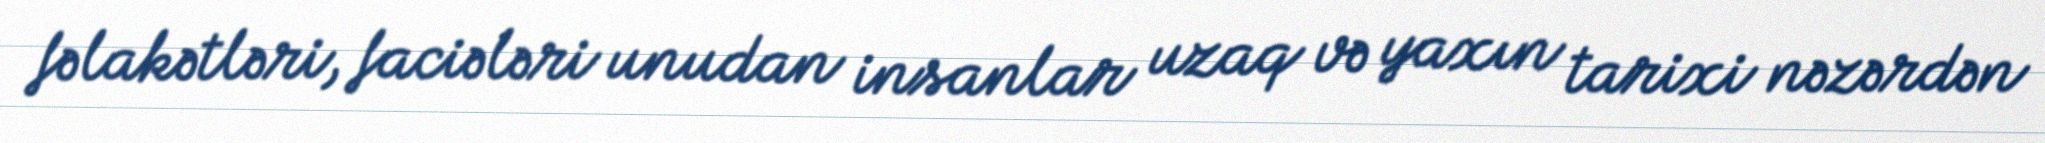
fəlakətləri, faciələri unudan insanlar uzaq və yaxın tarixi nəzərdən